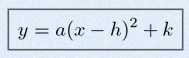
y=a(x-h)^2+k